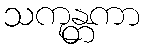
သကုန္တကာ